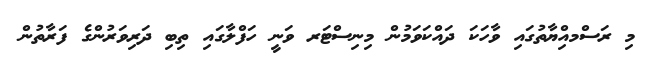
މި ރަސްމއިްޔާތުގައި ވާހަކަ ދައްކަވަމުން މިނިސްޓަރ ވަނީ ހަފްލާގައި ތިބި ދަރިވަރުންގެ ފަރާތުން